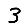
Digit: 3